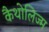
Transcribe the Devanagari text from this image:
कैथोलिज्म